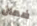
ضمان